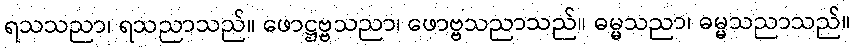
ရသသညာ၊ ရသညာသည်။ ဖောဋ္ဌဗ္ဗသညာ၊ ဖောဗ္ဗသညာသည်။ ဓမ္မသညာ၊ ဓမ္မသညာသည်။